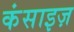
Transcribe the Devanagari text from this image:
कंसाइज़